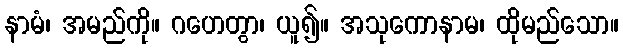
နာမံ၊ အမည်ကို။ ဂဟေတွာ၊ ယူ၍။ အသုကောနာမ၊ ထိုမည်သော။